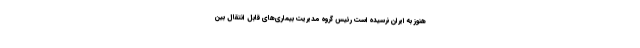
هنوز به ایران نرسیده است رئیس گروه مدیریت بیماری‌های قابل انتقال بین